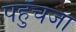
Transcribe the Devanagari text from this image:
पहुँचजा